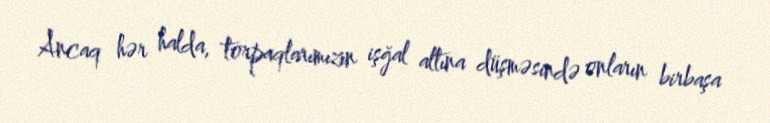
Ancaq hər halda, torpaqlarımızın işğal altına düşməsində onların birbaşa